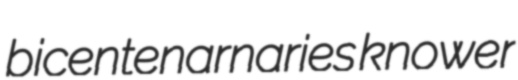
bicentenarnaries knower